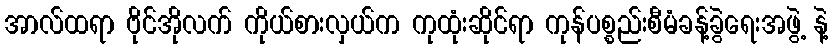
အာလ်ထရာ ဗိုင်အိုလက် ကိုယ်စားလှယ်က ကုထုံးဆိုင်ရာ ကုန်ပစ္စည်းစီမံခန့်ခွဲရေးအဖွဲ့ နဲ့